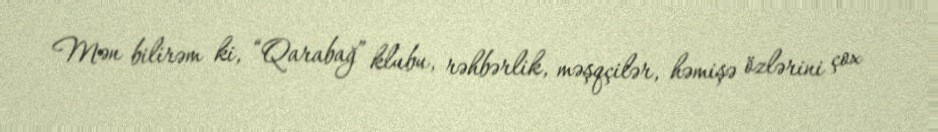
Mən bilirəm ki, “Qarabağ” klubu, rəhbərlik, məşqçilər, həmişə özlərini çox